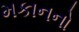
મકાનનો